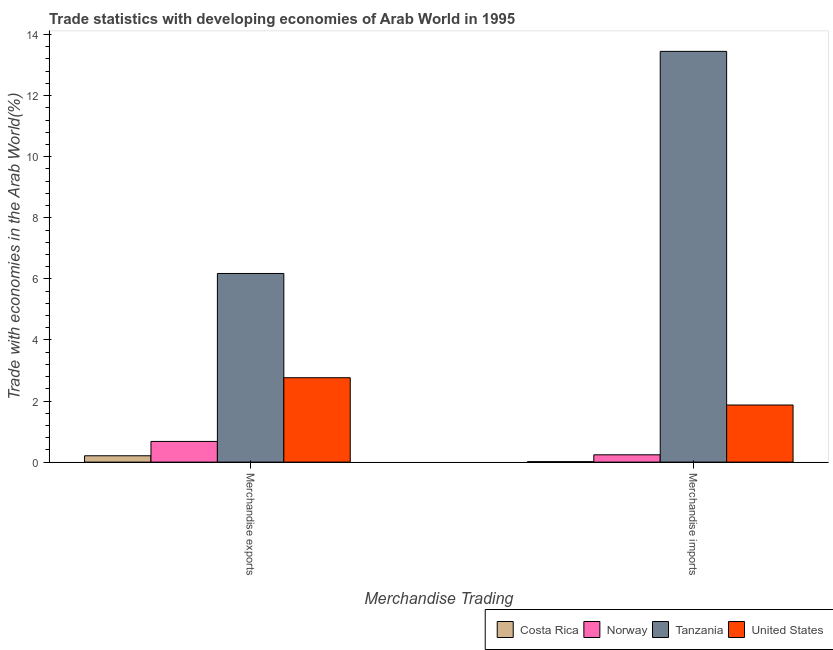
| Merchandise Trading | Costa Rica | Norway | Tanzania | United States |
 | --- | --- | --- | --- | --- |
 | Merchandise exports | 0.208 | 0.678 | 6.18 | 2.76 |
 | Merchandise imports | 0.0153 | 0.24 | 13.4 | 1.87 |